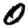
Digit: 0